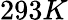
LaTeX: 293K